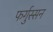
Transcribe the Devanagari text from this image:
फर्गुस्सन